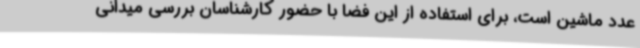
عدد ماشین است، برای استفاده از این فضا با حضور کارشناسان بررسی میدانی